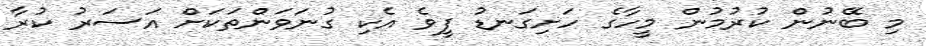
މި ބޭނުން ކުރުމުން މީހާގެ ހަށިގަނޑު ފީވެ އެކި ގުނަވަންތަކަށް އަސަރު ކުރާ